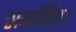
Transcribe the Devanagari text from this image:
समर्थित।